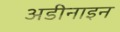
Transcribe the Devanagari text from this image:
अडीनाइन